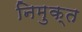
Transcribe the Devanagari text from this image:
निमुक्त